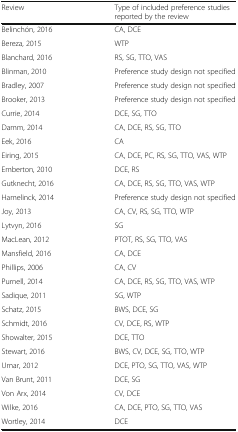
<table><thead><tr><td><b>Review</b></td><td><b>Type of included preference studies reported by the review</b></td></tr></thead><tbody><tr><td>Belinchón, 2016</td><td>CA, DCE</td></tr><tr><td>Bereza, 2015</td><td>WTP</td></tr><tr><td>Blanchard, 2016</td><td>RS, SG, TTO, VAS</td></tr><tr><td>Blinman, 2010</td><td>Preference study design not specified</td></tr><tr><td>Bradley, 2007</td><td>Preference study design not specified</td></tr><tr><td>Brooker, 2013</td><td>Preference study design not specified</td></tr><tr><td>Currie, 2014</td><td>DCE, SG, TTO</td></tr><tr><td>Damm, 2014</td><td>CA, DCE, RS, SG, TTO</td></tr><tr><td>Eek, 2016</td><td>CA</td></tr><tr><td>Eiring, 2015</td><td>CA, DCE, PC, RS, SG, TTO, VAS, WTP</td></tr><tr><td>Emberton, 2010</td><td>DCE, RS</td></tr><tr><td>Gutknecht, 2016</td><td>CA, DCE, RS, SG, TTO, VAS, WTP</td></tr><tr><td>Hamelinck, 2014</td><td>Preference study design not specified</td></tr><tr><td>Joy, 2013</td><td>CA, CV, RS, SG, TTO, WTP</td></tr><tr><td>Lytvyn, 2016</td><td>SG</td></tr><tr><td>MacLean, 2012</td><td>PTOT, RS, SG, TTO, VAS</td></tr><tr><td>Mansfield, 2016</td><td>CA, DCE</td></tr><tr><td>Phillips, 2006</td><td>CA, CV</td></tr><tr><td>Purnell, 2014</td><td>CA, DCE, RS, SG, TTO, VAS, WTP</td></tr><tr><td>Sadique, 2011</td><td>SG, WTP</td></tr><tr><td>Schatz, 2015</td><td>BWS, DCE, SG</td></tr><tr><td>Schmidt, 2016</td><td>CV, DCE, RS, WTP</td></tr><tr><td>Showalter, 2015</td><td>DCE, TTO</td></tr><tr><td>Stewart, 2016</td><td>BWS, CV, DCE, SG, TTO, WTP</td></tr><tr><td>Umar, 2012</td><td>DCE, PTO, SG, TTO, VAS, WTP</td></tr><tr><td>Van Brunt, 2011</td><td>DCE, SG</td></tr><tr><td>Von Arx, 2014</td><td>CV, DCE</td></tr><tr><td>Wilke, 2016</td><td>CA, DCE, PTO, SG, TTO, VAS</td></tr><tr><td>Wortley, 2014</td><td>DCE</td></tr></tbody></table>